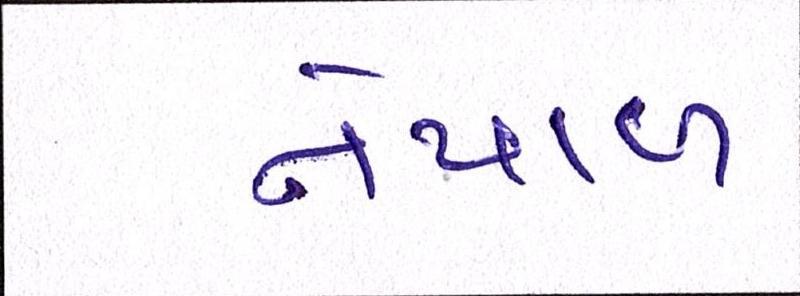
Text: નેપાળ